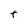
Character: t